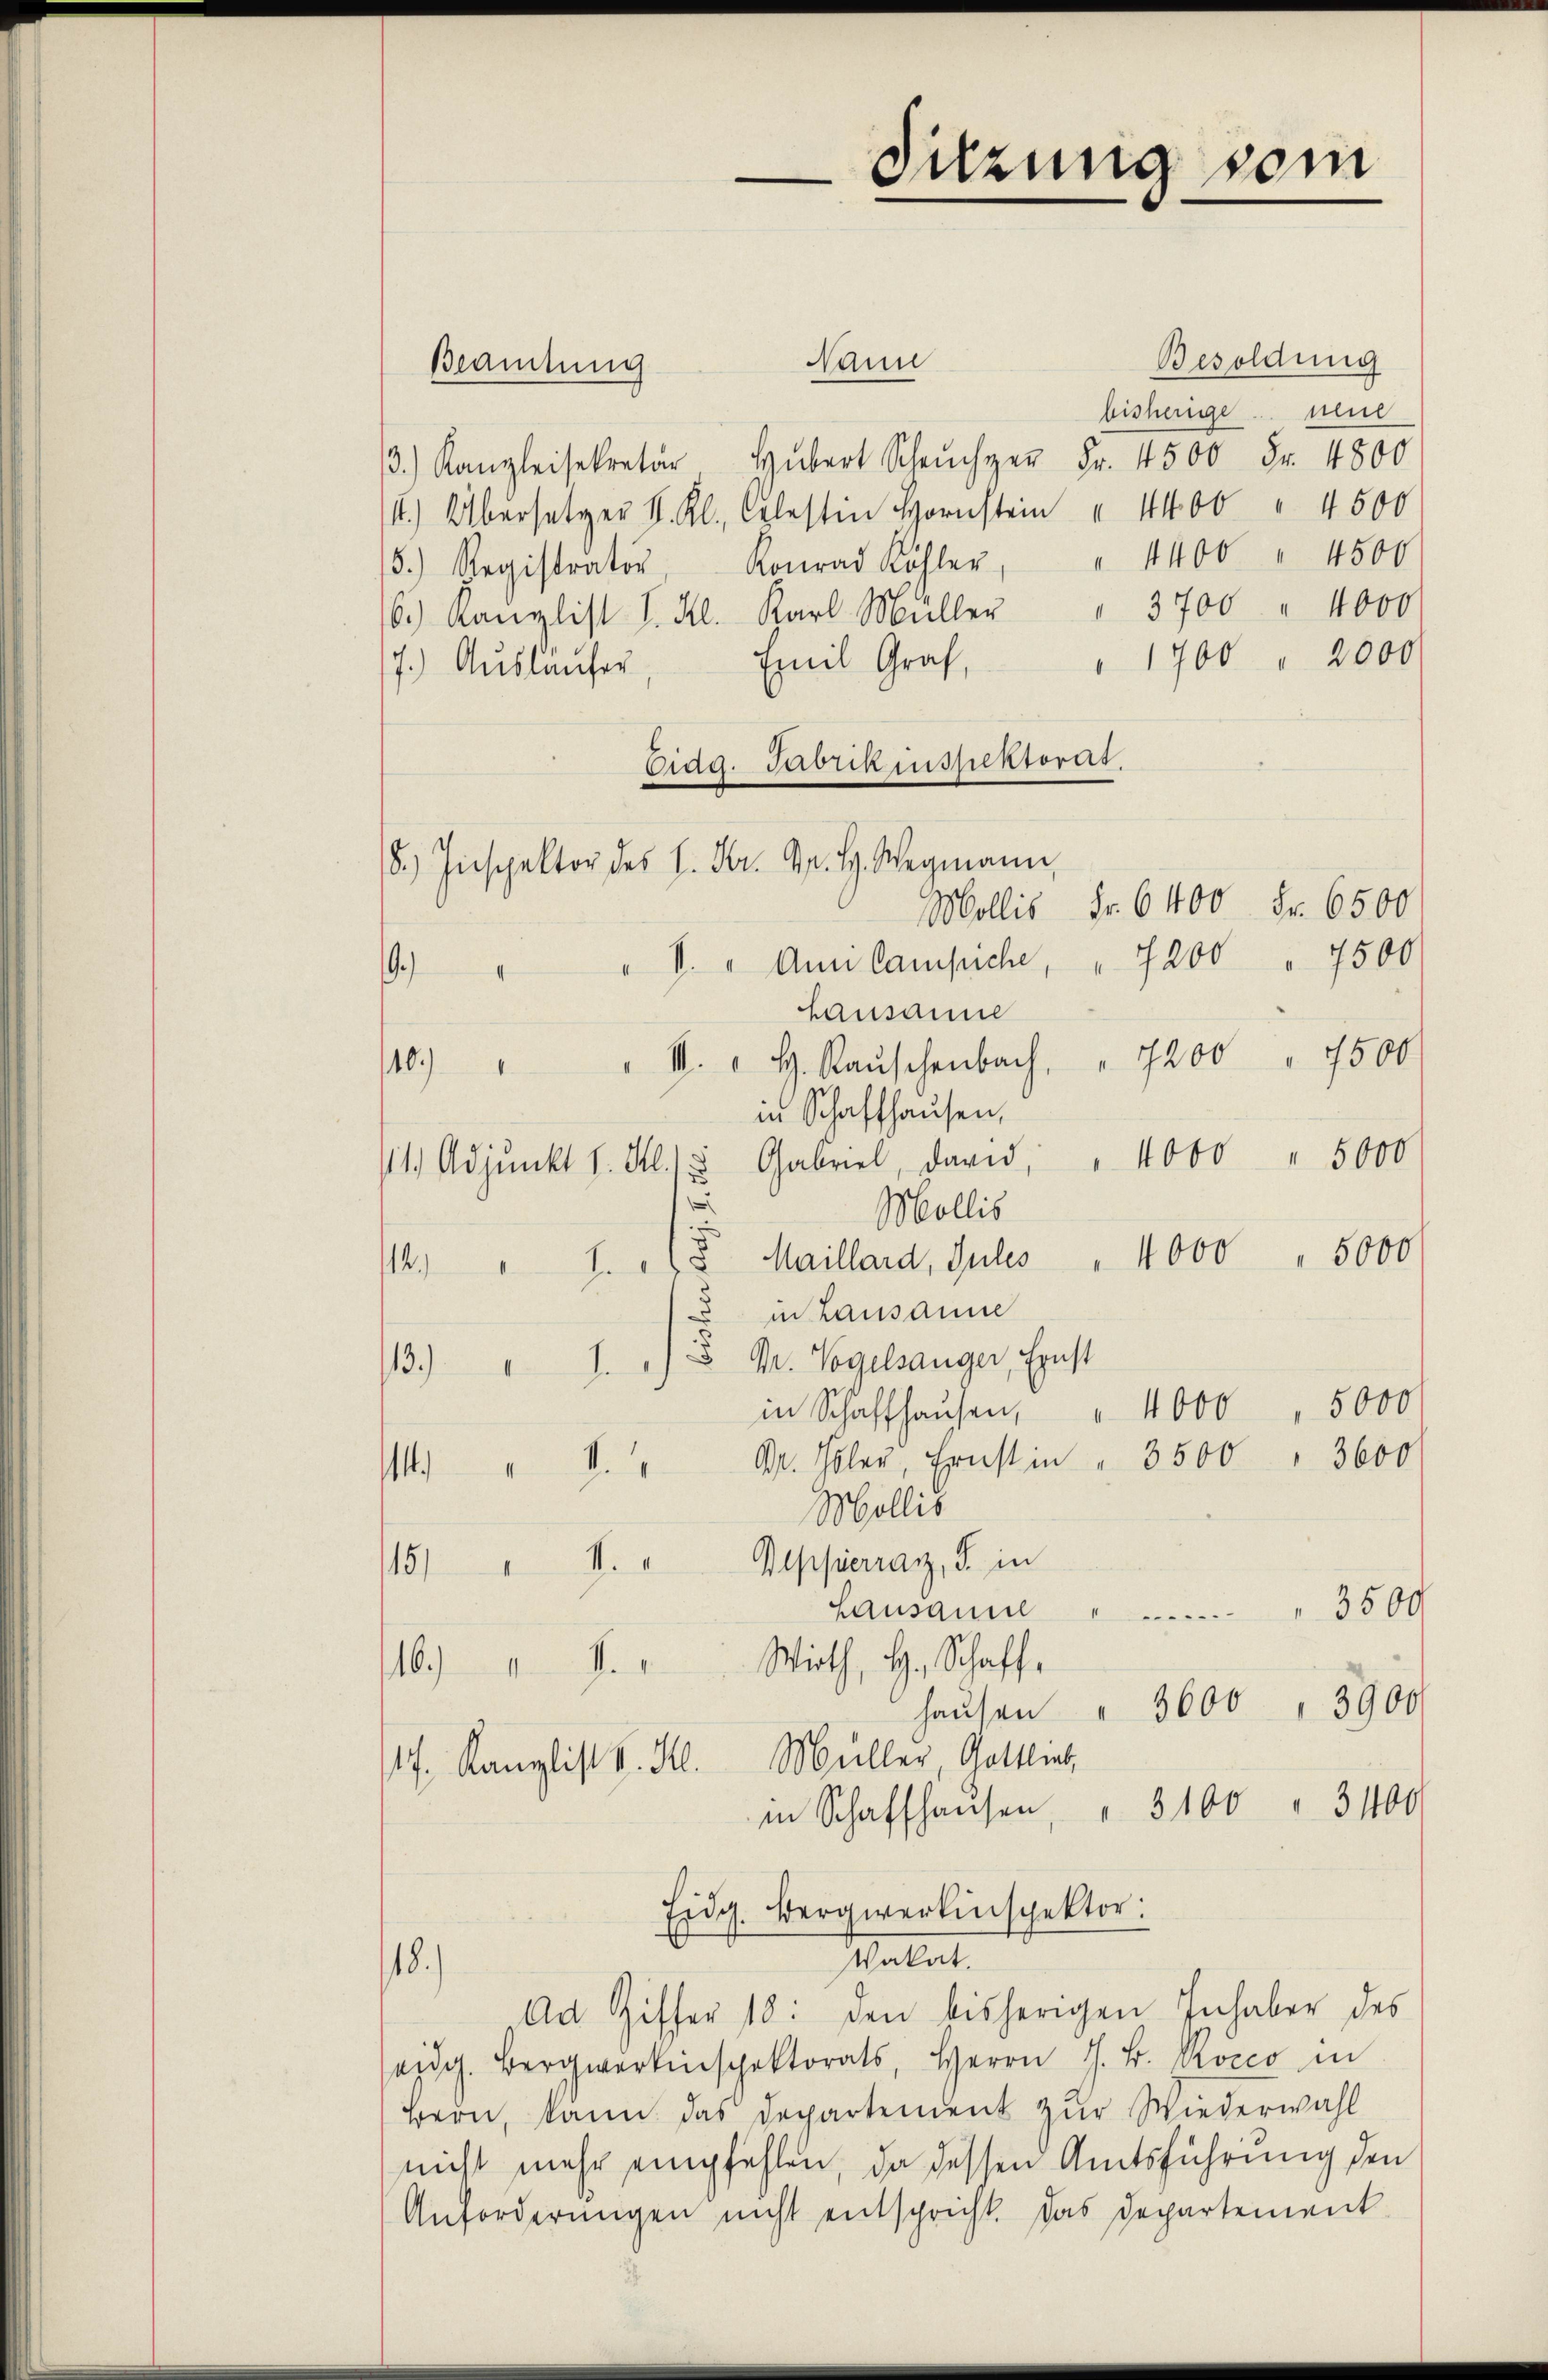
Besoldung
Pann
bisherige seul
.) Kanzleisekretär Hubert Scheŭcher Fr. 4500 Fr. 4800
4) Übersetzer K. K. Celestin Hornst " 4400 " 4500
5.) Registrator, Konrad Köhler, " 4400 " 4500
6. Kanzlist I. Kl. Karl Müller " 3700 " 4000
" 1700 " 2000
Emil Graf,
7.) Ausläufer
Eidg. Fabrikinspektorat.
8) Inspektor des H. Dr. Gr. H. Wegmann,
19.) " " 1. " Ami Campiche, " 7200 " 7500
Lausanne
10.) " " 4. " H. Raŭschenbach, " 7200 " 7500
in Schaffhausen,
Gabriel, dari, " 1000 " 5000
11. Adjunkt v. Al. 15
2
.
Mollis
Maillard, Sules " 4000 " 5000
1
in Lausanne
13.) " 1.) Dr. Vogelsanger, Ernst
in Schaffhausen, " 4000 5000
1 " " Dr. Galer, Ernst in " 3500 " 3600
Mollis
15/ " 4. " Beppierrat, S. in
nen 3500
Lausamml
116.) " " " Wirth, H. Schaff-
hausen " 3600 " 3900
17. Kanzlist v. H. Müller Gottlin,
in Schaffhausen, " 3100 " 3400
Eidg. Bergwerkinspektor:
Malat.
18.)
Ad Ziffer 18: den bisherigen Inhaber des
eidg. Bergwerkenspektorats, Herrn J. B. Rocco in
Bern, kann das Departement zur Wiederwahl
nicht mehr empfehlen, da dessen Amtsführung den
Anforderungen nicht entspricht. Das Departement

Beamtung

Sitzung vom

Mollis Fr. 6400 Fr. 6500